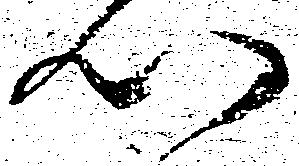
以